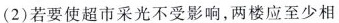
(2)若要使超市采光不受影响，两楼应至少相